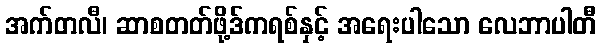
အက်တလီ၊ ဆာစတတ်ဖို့ဒ်ကရစ်နှင့် အရေးပါသော လေဘာပါတီ